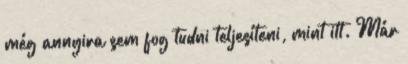
még annyira sem fog tudni teljesíteni, mint itt. Már